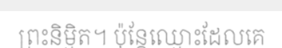
ព្រះនិម្មិត។ ប៉ុន្តែឈ្មោះដែលគេ